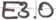
Text: E3.0